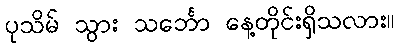
ပုသိမ် သွား သင်္ဘော နေ့တိုင်းရှိသလား။